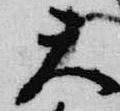
天